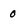
Character: 0